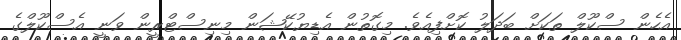
އެހެން ސްކޫލް ތަކަށް ބަދަލު ކޮށްފިއެވެ. މިގޮތުން އެޑިޔުކޭޝަން މިނިސްޓްރީން ވަނީ އެސްކޫލްގެ